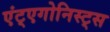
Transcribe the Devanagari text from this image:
एंट्एगोनिस्ट्स